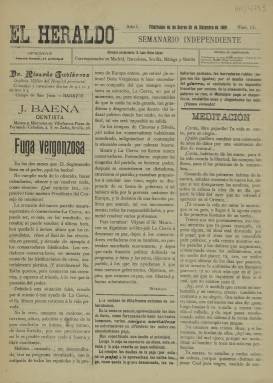
Título: El Heraldo (Villafranca de los Barros)
Colección: Periódicos
Ámbito geográfico: Badajoz
Lugar de publicación: Villafranca de los Barros [Badajoz]
Fechas: 20/12/1909-20/12/1909